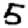
Digit: 5